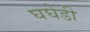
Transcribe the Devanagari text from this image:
घघेडी